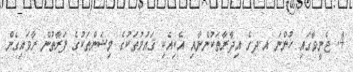
4. ޖެނީވާގައި ހުންނަ އ.ދ.ގެ އިދާރާތަކުންނާއި އެކިއެކި ޤައުމުތަކުގެ މިޝަންތަކުގެ ފަރާތުން ރާވައިގެން